Punjab Mental Hospital Lahore 1922-31 - 1922-1931
Year: 1922
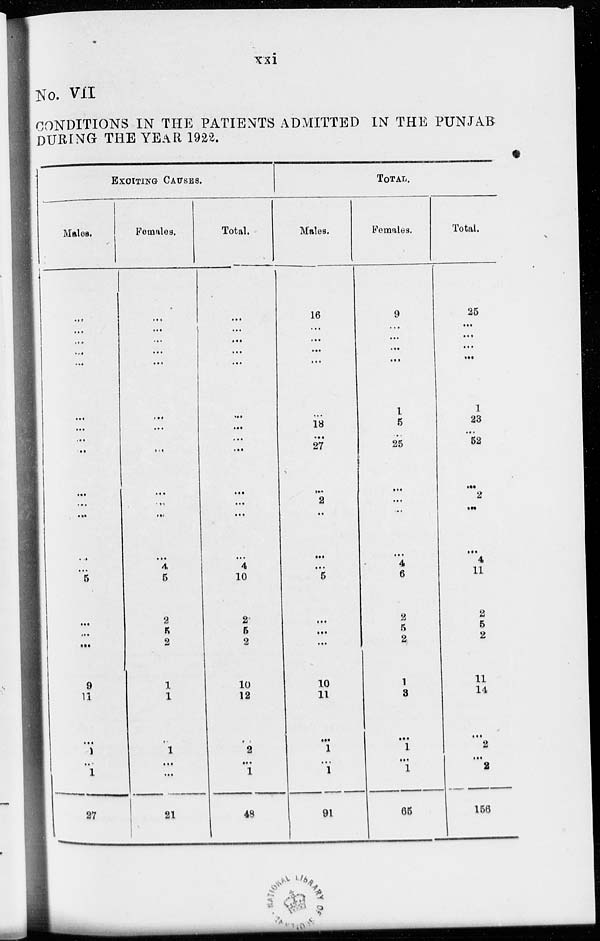
xxi
No. VII
CONDITIONS IN THE PATIENTS ADMITTED IN THE PUNJAB
DURING THE YEAR 1922.
EXCITING
CAUSES.
Males.
...
...
...
...
...
...
...
...
...
...
...
...
...
...
5
...
...
...
9
11
...
1
..
1
27
Females.
...
...
...
...
...
...
....
...
...
...
...
...
...
4
5
2
5
2
1
1
...
1
...
...
21
Total.
...
...
...
...
...
...
...
...
...
...
...
4
10
2
5
2
10
12
...
2
...
1
48
TOTAL.
Males.
16
...
...
...
...
...
18
...
27
...
2
..
...
...
5
...
...
...
10
11
...
1
...
1
91
Females.
9
...
...
...
...
1
5
...
25
...
...
...
...
4
6
2
5
2
1
3
...
1
...
1
65
Total.
25
...
...
...
...
1
23
...
52
...
2
...
...
4
11
2
5
2
11
14
...
2
...
2
156